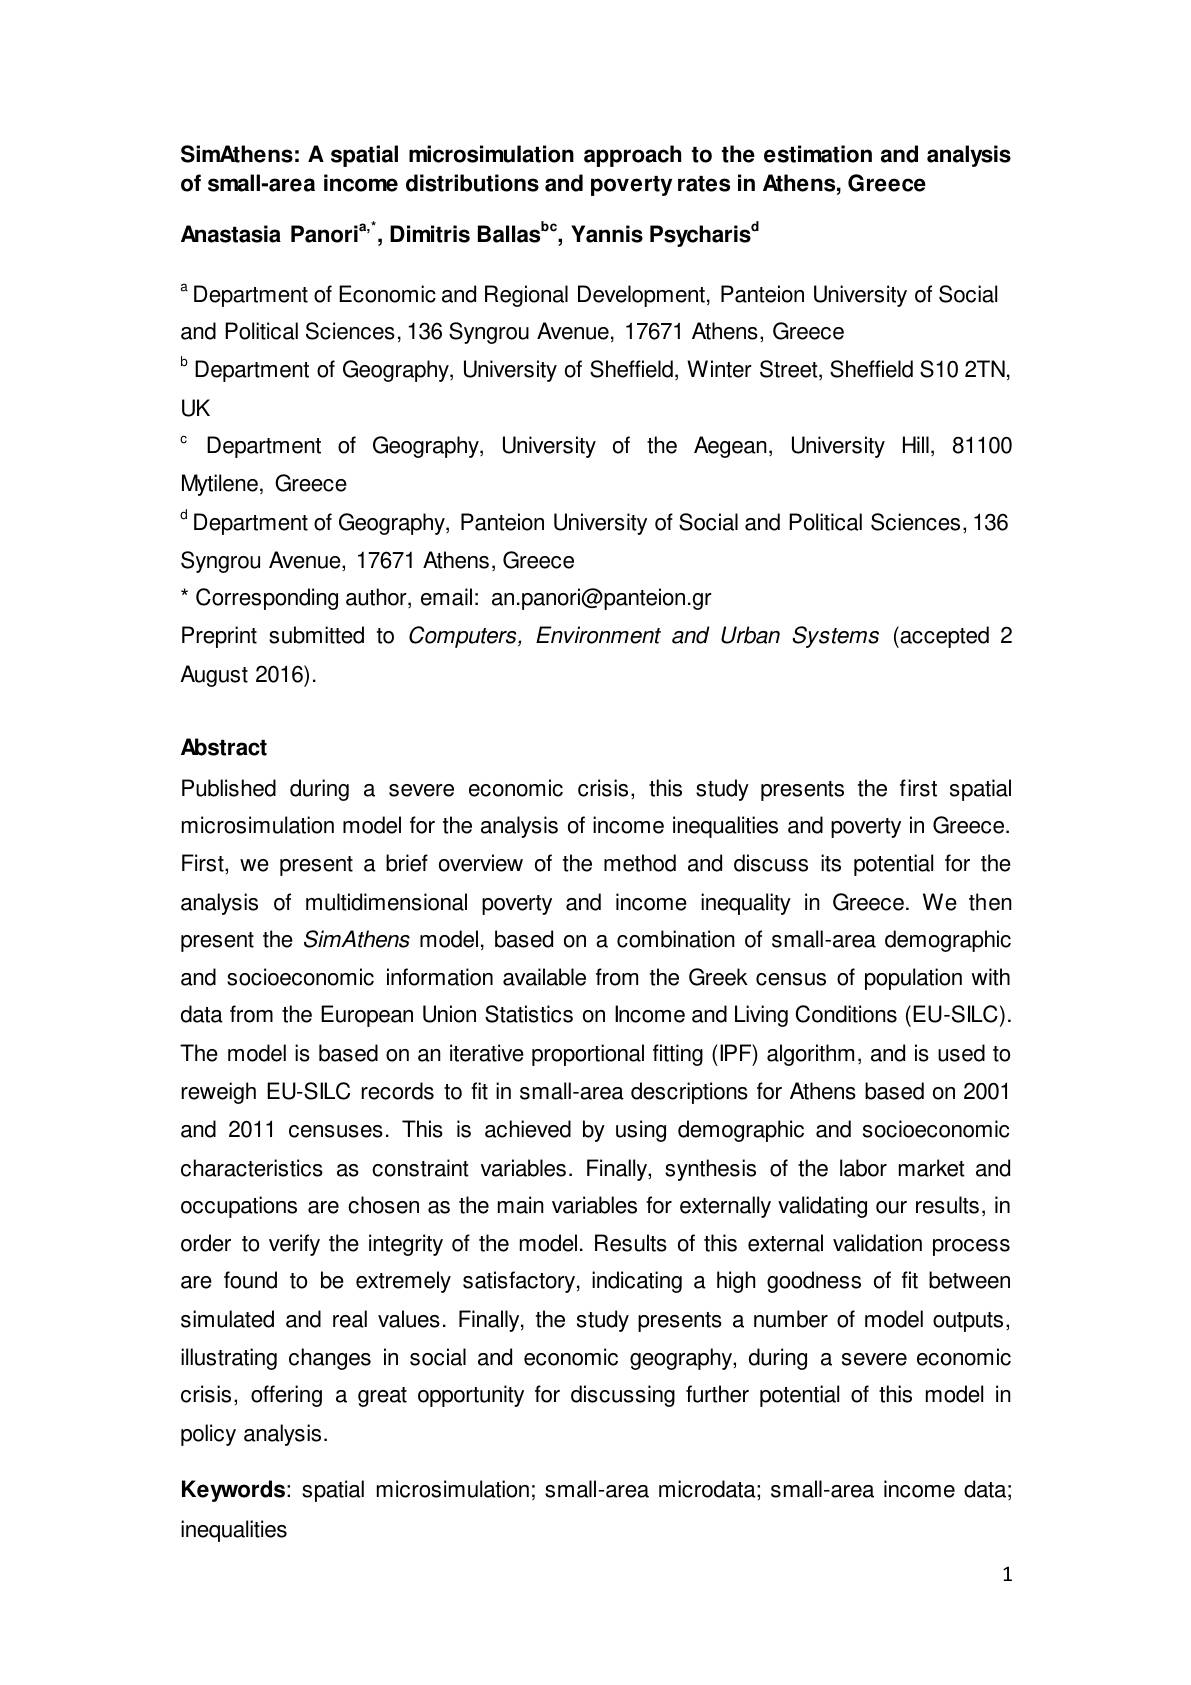
SimAthens: A spatial microsimulation approach to the estimation and analysis
of small-area income distributions and poverty rates in Athens, Greece

Anastasia Panori$^{\mathrm{a,*}}$,Dimitris Ballas$^{\mathrm{bc}}$,Yannis Psycharis$^{\mathrm{d}}$

$^{\mathrm{a}}$Department of Economic and Regional Development, Panteion University of Social
and Political Sciences, 136 Syngrou Avenue, 17671 Athens, Greece
$^{\mathrm{b}}$ Department of Geography, University of Sheffield, Winter Street, Sheffield S10 2TN,
UK
c Department of Geography, University of the Aegean, University Hill, 81100
Mytilene, Greece
d Department of Geography, Panteion University of Social and Political Sciences, 136
Syngrou Avenue, 17671 Athens, Greece
$^{\star}$Corresponding author, email: an.panori@panteion.gr
Preprint submitted to Computers, Environment and Urban Systems (accepted 2
August 2016).

### Abstract

Published during a severe economic crisis, this study presents the first spatial microsimulation model for the analysis of income inequalities and poverty in Greece. First, we present a brief overview of the method and discuss its potential for the analysis of multidimensional poverty and income inequality in Greece. We then present the SimAthens model, based on a combination of small-area demographic and socioeconomic information available from the Greek census of population with data from the European Union Statistics on Income and Living Conditions (EU-SILC). The model is based on an iterative proportional fitting (IPF) algorithm, and is used to reweigh EU-SILC records to fit in small-area descriptions for Athens based on 2001 and 2011 censuses. This is achieved by using demographic and socioeconomic characteristics as constraint variables. Finally, synthesis of the labor market and occupations are chosen as the main variables for externally validating our results, in order to verify the integrity of the model. Results of this external validation process are found to be extremely satisfactory, indicating a high goodness of fit between simulated and real values. Finally, the study presents a number of model outputs, illustrating changes in social and economic geography, during a severe economic crisis, offering a great opportunity for discussing further potential of this model in policy analysis.
Keywords: spatial microsimulation; small-area microdata; small-area income data;
inequalities

1